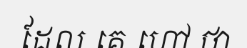
ដែល គេ ហៅ ថា